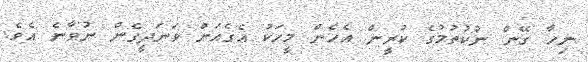
ނިހާ ގޭން ނުކުތުމުގެ ކުރީން އެހެން މީހަކު އެގެއަށް ވަނަދީގެން ނުވާނެ އެވެ.